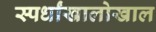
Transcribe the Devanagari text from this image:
स्पर्धांखालोखाल